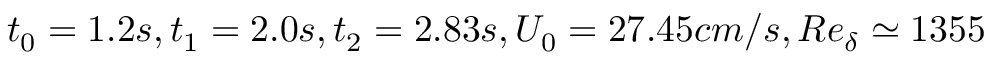
t _ { 0 } = 1 . 2 s , t _ { 1 } = 2 . 0 s , t _ { 2 } = 2 . 8 3 s , U _ { 0 } = 2 7 . 4 5 c m / s , R e _ { \delta } \simeq 1 3 5 5